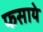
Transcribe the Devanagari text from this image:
फसाये